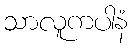
သာလူကပါနံ